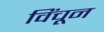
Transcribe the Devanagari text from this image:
विंचून